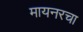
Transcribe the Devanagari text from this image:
मायनरचा